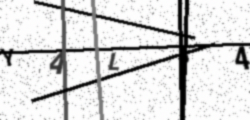
Text: YALJ4